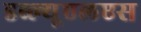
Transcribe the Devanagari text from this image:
डब्ल्यूएलएस